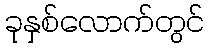
ခုနှစ်လောက်တွင်